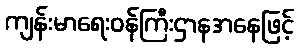
ကျန်းမာရေးဝန်ကြီးဌာနအနေဖြင့်